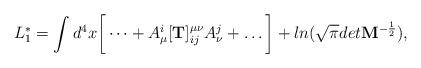
LaTeX: \begin{align*}L^*_1 = \int d^4x \bigg[ \dots + A^i_\mu [{\bf T}]^{\mu\nu}_{ij}A^j_\nu + \dots\bigg] + ln (\sqrt\pi det {\bf M}^{-\frac 12}),\end{align*}